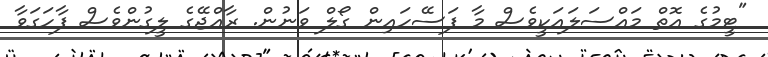
"ޓީމުގެ އޮތް މައްސަލައަކީވެސް މާ ފަސޭހައިން ގޯލް ވަނުން. ރާއްޖޭގެ ލީގުންވެސް ފާހަގަވާ